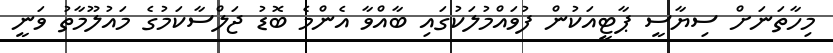
މިހާތަނަށް ސިޔާސީ ޕާޓީއަކުން ފުވައްމުލަކުގައި ބާއްވާ އެންމެ ބޮޑު ޖަލްސާކަމުގެ މައުލޫމާތު ވަނީ